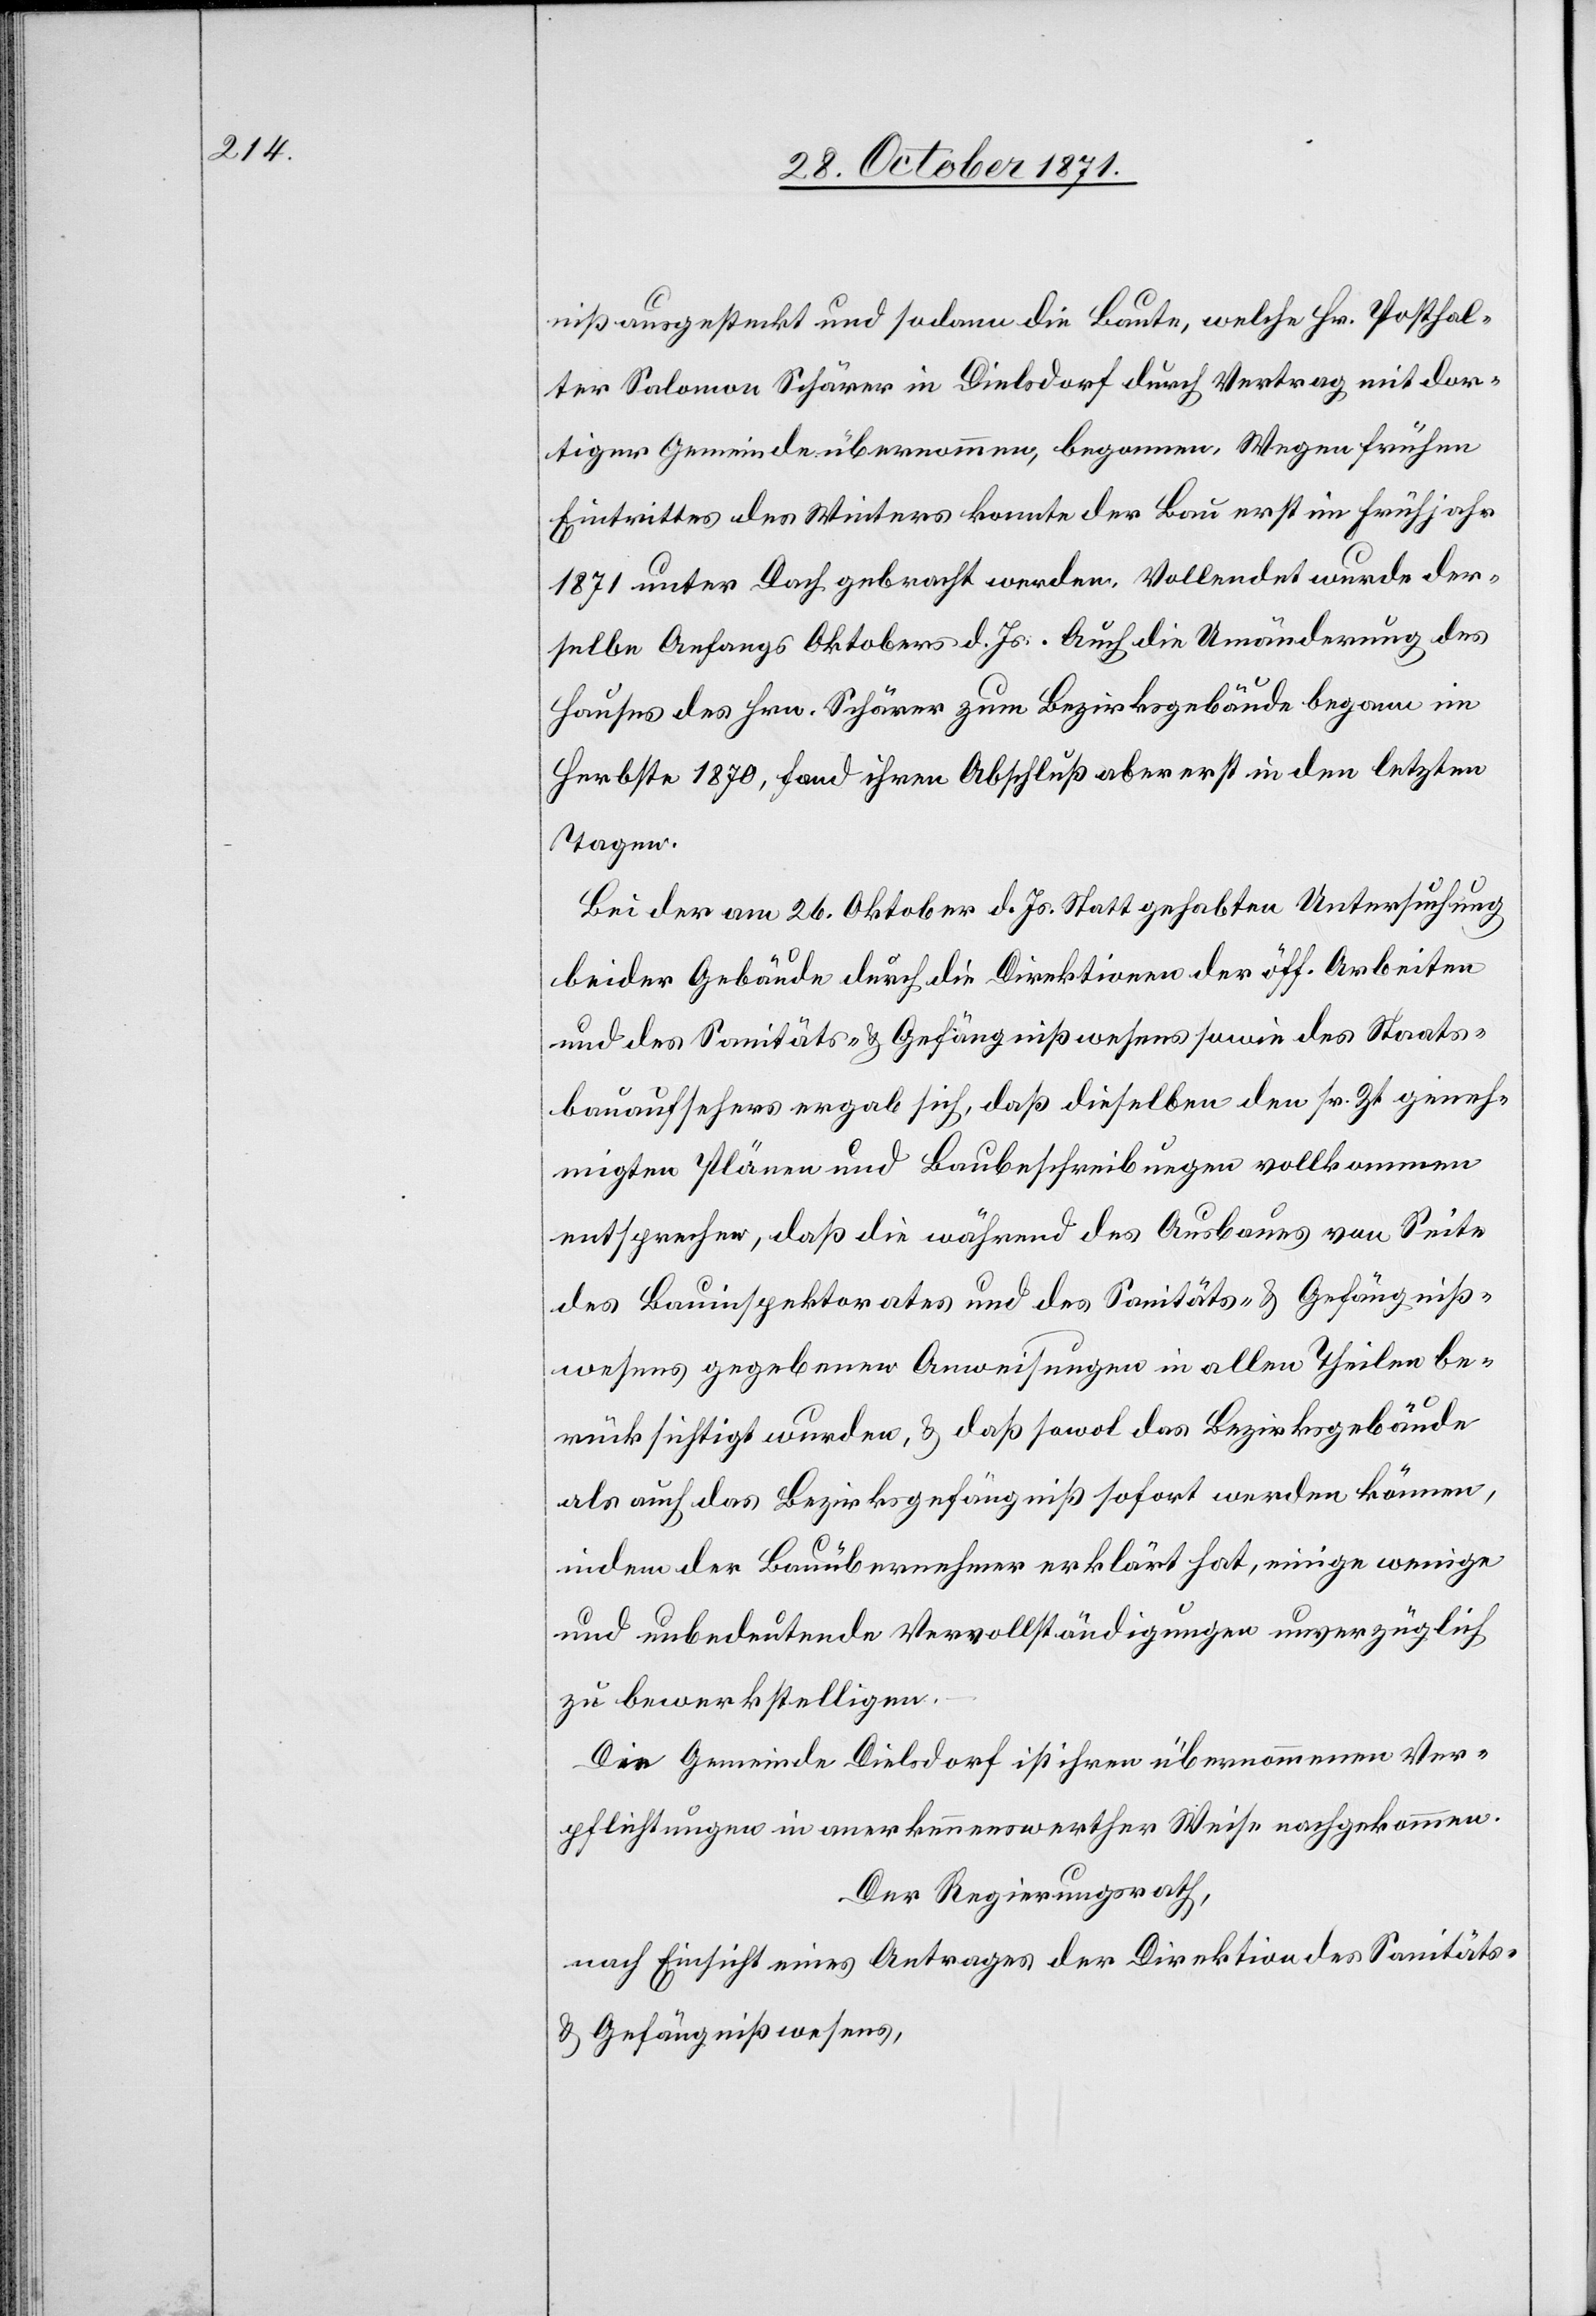
niß ausgesteckt und sodann die Baute, welche Hr. Posthal¬
ter Salomon Schärer in Dielsdorf durch Vertrag mit dor¬
tiger Gemeinde übernommen, begonnen. Wegen frühen
Eintrittes des Winters konnte der Bau erst im Frühjahr
1871 unter Dach gebracht werden. Vollendet wurde der¬
selbe Anfangs Oktober d. Js. Auch die Umänderung des
Hauses des Hrn. Schärer zum Bezirksgebäude begann im
Herbste 1870, fand ihren Abschluß aber erst in den letzten
Tagen.
Bei der am 26. Oktober d. Js. Statt gehabten Untersuchung
beider Gebäude durch die Direktionen der öff. Arbeiten
und des Sanitäts- & Gefängnißwesens sowie des Staats¬
bauaufsehers ergab sich, daß dieselben den sr. Zt. geneh¬
migten Plänen und Baubeschreibungen vollkommen
entsprechen, daß die während des Ausbaues von Seite
des Bauinspektorates und des Sanitäts- & Gefängniß¬
wesens gegebenen Anweisungen in allen Theilen be¬
rücksichtigt wurden, & daß sowohl das Bezirksgebäude
als auch das Bezirksgefängniß sofort werden können,
indem der Bauübernehmer erklärt hat, einige wenige
und unbedeutende Vervollständigungen unverzüglich
zu bewerkstelligen.
Die Gemeinde Dielsdorf ist ihren übernommenen Ver¬
pflichtungen in anerkennenswerther Weise nachgekommen.
Der Regierungsrath,
nach Einsicht eins Antrages der Direktion des Sanitäts-
& Gefängnißwesens,